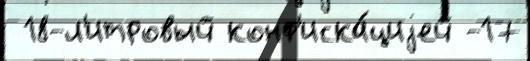
 18-л'итровый конф'иска́циjей -17